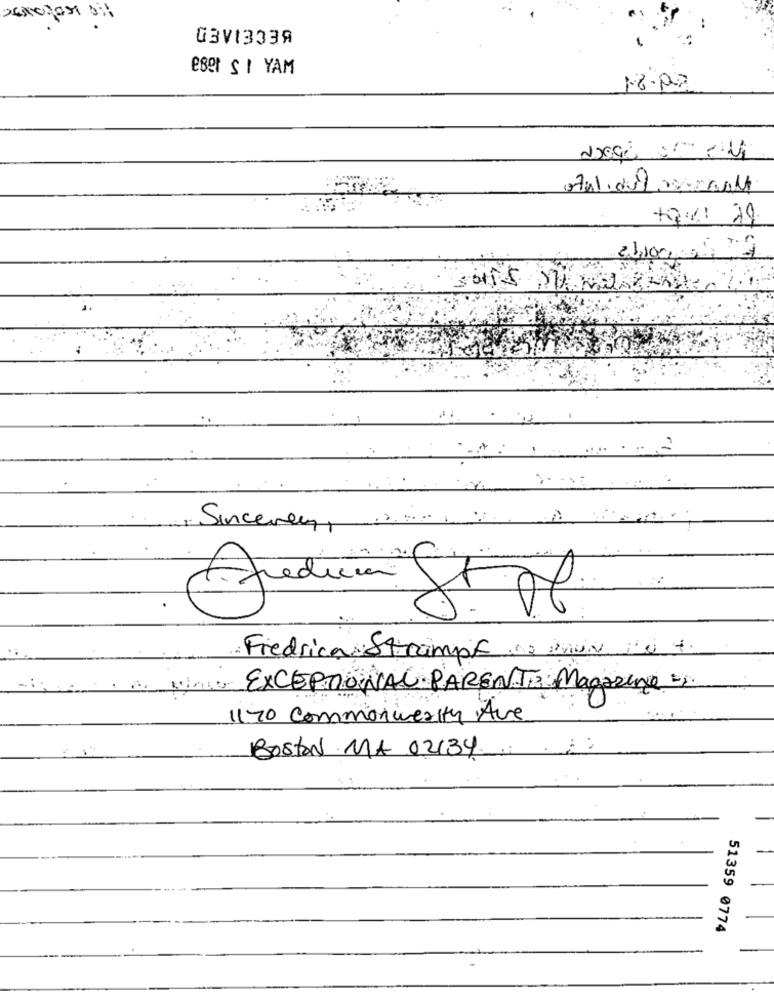
G3V13339
eser SI YAM
Sincerely ,......
Fredicia
Fredrica Strumpf
Mimo EXCEPTIONAL PARENT Magazine ".
1170 Commonierty Ave
BOSTON MA 02134.
51359 0774